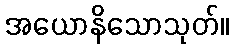
အယောနိသောသုတ်။